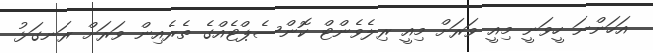
އަހަންނަ ހީވަނީ މިއީ ވަރަށް މިއީ ރިލެވެންޓް ކޮންސެޕްޓެއްގެ ތެރެއިން ވަރަށް ރަނގަޅު